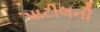
પાટીલની